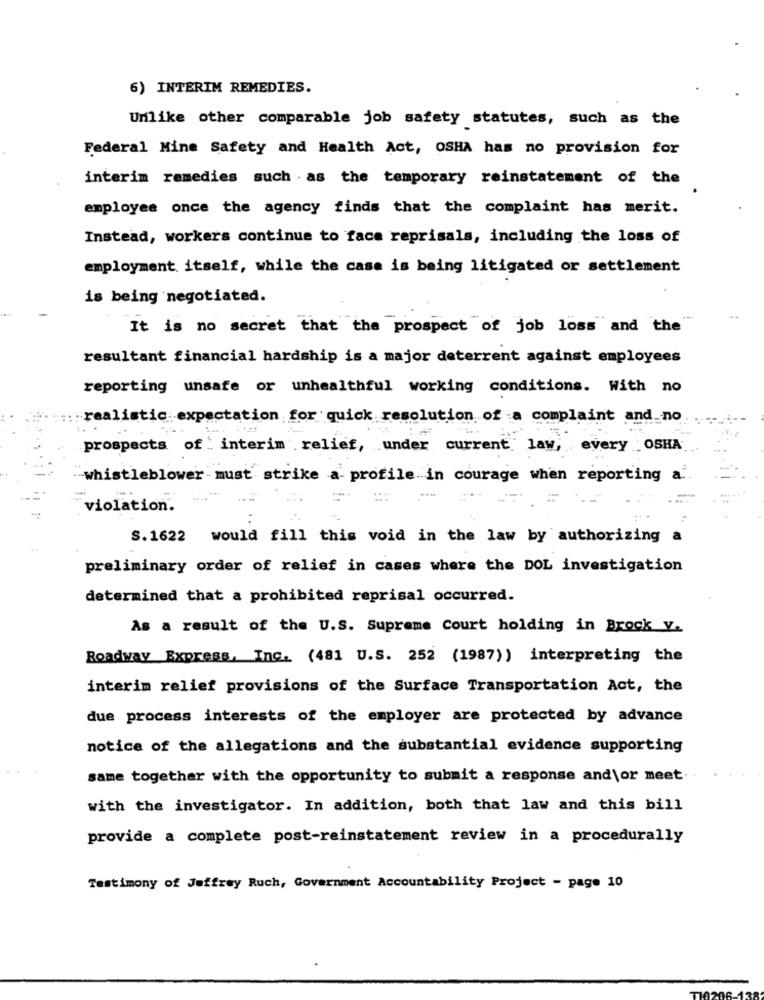
6) INTERIM REMEDIES.
Unlike other comparable job safety statutes, such as the
Federal Mine Safety and Health Act, OSHA has no provision for
interim remedies such . as the temporary reinstatement of the
employee once the agency finds that the complaint has merit.
Instead, workers continue to face reprisals, including the loss of
employment itself, while the case is being litigated or settlement
is being negotiated.
It is no secret that the prospect of job loss and the"
resultant financial hardship is a major deterrent against employees
reporting unsafe or unhealthful working conditions. With no
realistic expectation for quick resolution of a complaint and no
prospects of interim relief, under current law, every OSHA
-whistleblower-must strike a- profile in courage when reporting a.
violation.
S.1622
would fill this void in the law by authorizing a
preliminary order of relief in cases where the DOL investigation
determined that a prohibited reprisal occurred.
As a result of the U.S. Supreme Court holding in Brock V.
Roadway Express, Inc. (481 U.S. 252 (1987) ) interpreting the
interim relief provisions of the Surface Transportation Act, the
due process interests of the employer are protected by advance
notice of the allegations and the substantial evidence supporting
same together with the opportunity to submit a response and\or meet-
with the investigator. In addition, both that law and this bill
provide a complete post-reinstatement review in a procedurally
Testimony of Jeffrey Ruch, Government Accountability Project - page 10